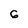
Character: G